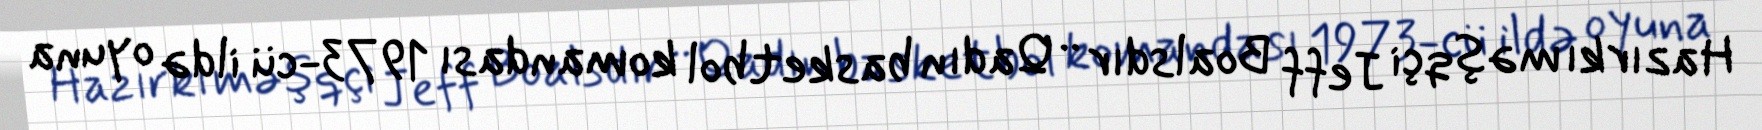
Hazırkı məşqçi Jeff Boalsdır .. Qadın basketbol komandası 1973-cü ildə oyuna